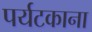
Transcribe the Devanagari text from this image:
पर्यटकाना